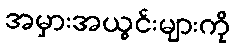
အမှားအယွင်းများကို